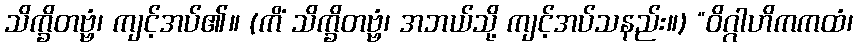
သိက္ခိတဗ္ဗံ၊ ကျင့်အပ်၏။ (ကိံ သိက္ခိတဗ္ဗံ၊ အဘယ်သို့ ကျင့်အပ်သနည်း။) “ဝိဂ္ဂါဟိကကထံ၊